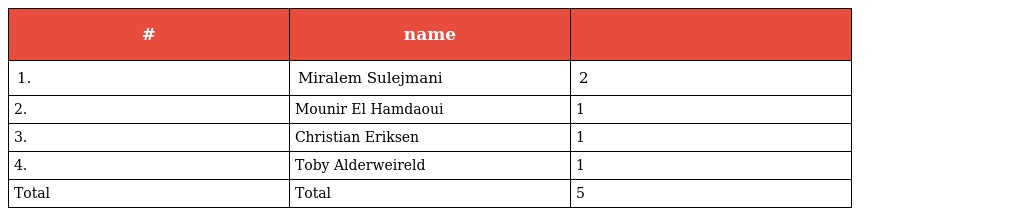
| # | name |  |
 | --- | --- | --- |
 | 1. | Miralem Sulejmani | 2 |
 | 2. | Mounir El Hamdaoui | 1 |
 | 3. | Christian Eriksen | 1 |
 | 4. | Toby Alderweireld | 1 |
 | Total | Total | 5 |